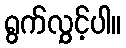
ရွက်လွှင့်ပါ။